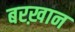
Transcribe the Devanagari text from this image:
बरख़ान